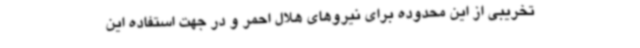
تخریبی از این محدوده برای نیروهای هلال احمر و در جهت استفاده این